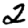
Digit: 2